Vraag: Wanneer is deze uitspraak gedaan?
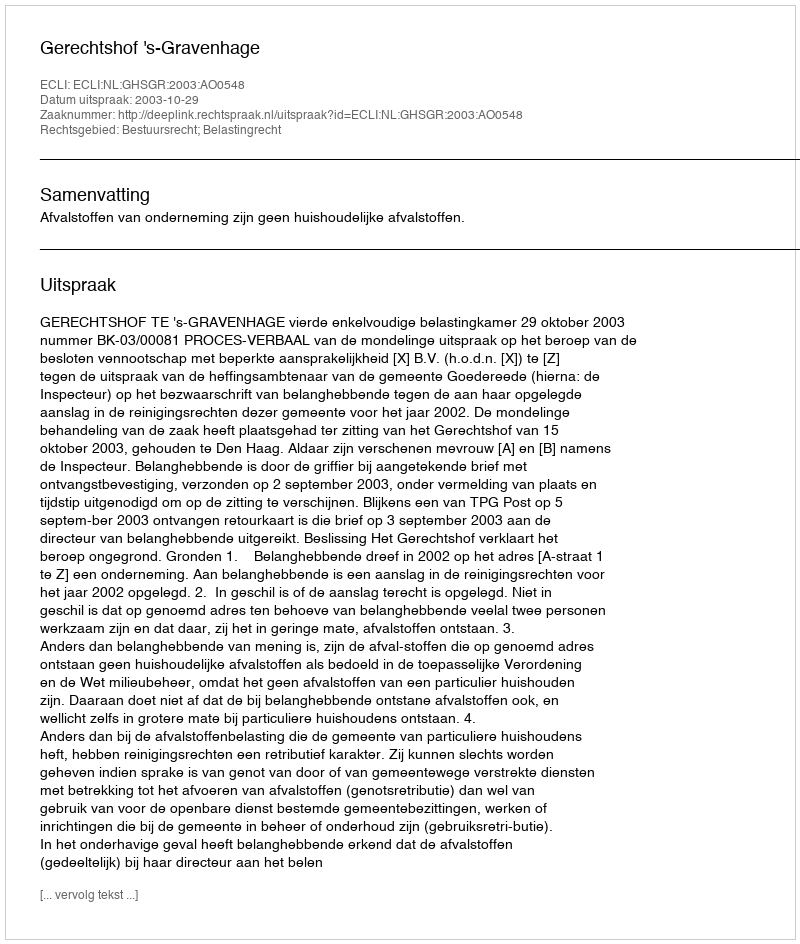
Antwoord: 2003-10-29